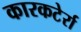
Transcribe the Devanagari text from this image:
कारकटेर्रा